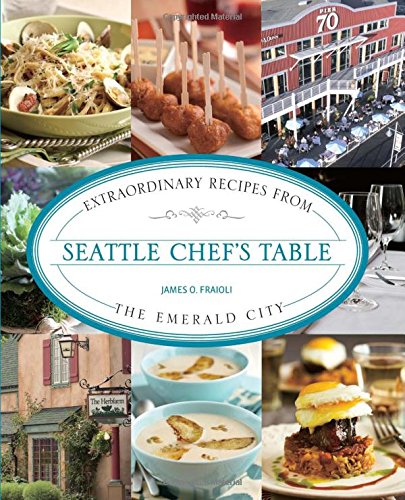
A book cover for Seattle Chef's Table: Extraordinary Recipes From The Emerald City; James Fraioli; Cookbooks, Food & Wine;